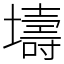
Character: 壔